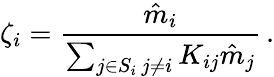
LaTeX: \zeta_{i}=\frac{\hat{m}_{i}}{\sum_{\substack{j\in S_{i}\, j\neq i}}K_{ij}\hat{m}_{j}}\, .